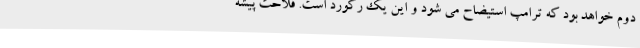
دوم خواهد بود که ترامپ استیضاح می شود و این یک رکورد است. فلاحت پیشه